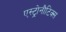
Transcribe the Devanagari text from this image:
एस्ट्रोनौटिक्स